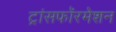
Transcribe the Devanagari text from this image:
ट्रांसफॉरमेशन